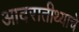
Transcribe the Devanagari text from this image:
आदरातीथ्याचे